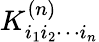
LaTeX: {K}_{i_{1}i_{2}\cdots i_{n}}^{(n)}